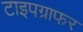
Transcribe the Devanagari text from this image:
टाइपग्राफर